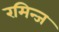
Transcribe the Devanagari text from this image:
रमिन्ज